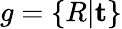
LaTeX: g=\{ R|\textbf{t}\}